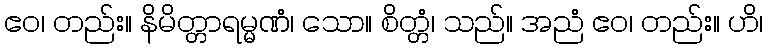
ဧဝ၊ တည်း။ နိမိတ္တာရမ္မဏံ၊ သော။ စိတ္တံ၊ သည်။ အညံ ဧဝ၊ တည်း။ ဟိ၊